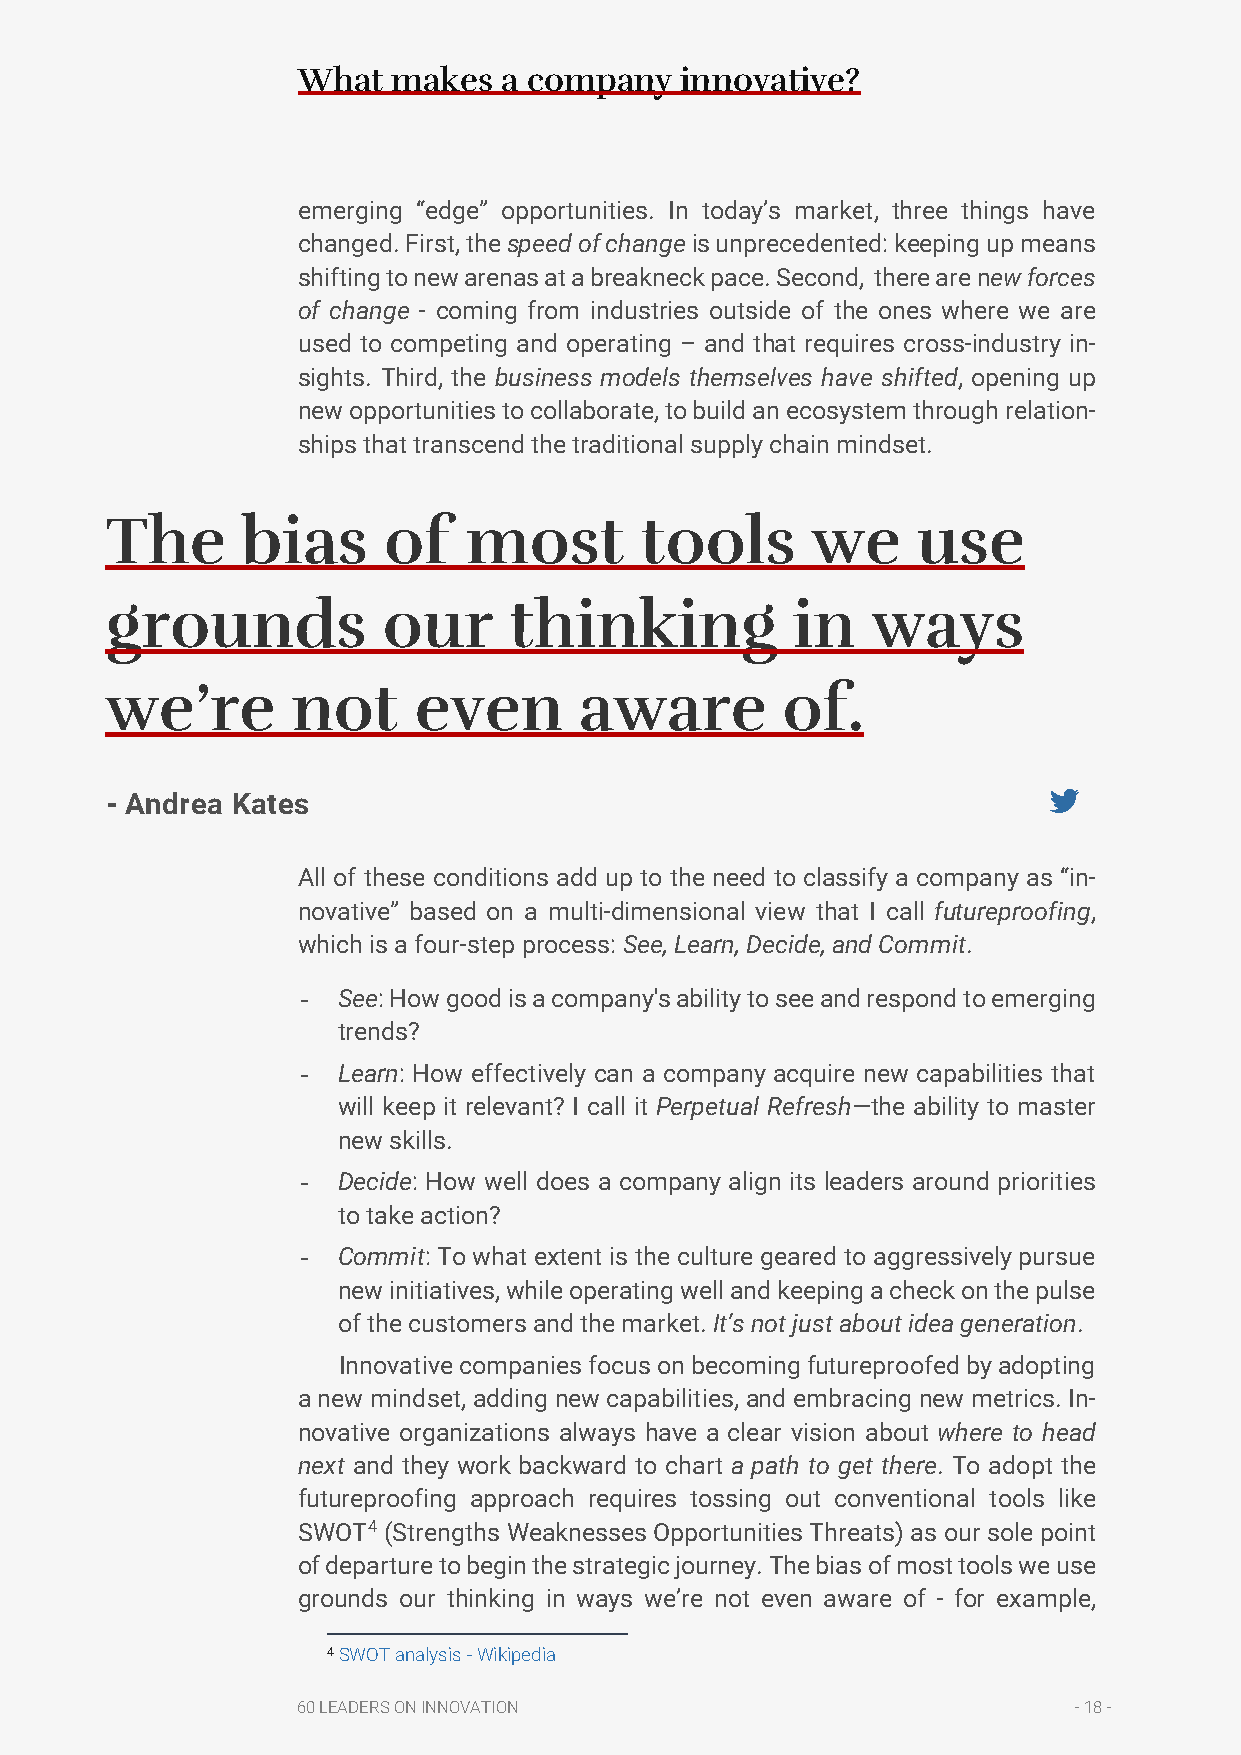
What  makes  a company   innovative?
 emerging “edge” opportunities. In today’s market, three things have
 changed. First, the speed of change is unprecedented: keeping up means
 shifting to new arenas at a breakneck pace. Second, there are new forces
 of change - coming from industries outside of the ones where we are
 used to competing and operating – and that requires cross-industry in-
 sights. Third, the business models themselves have shifted, opening up
 new opportunities to collaborate, to build an ecosystem through relation-
 ships that transcend the traditional supply chain mindset.
 The      bias     of    most       tools       we     use
 grounds           our      thinking          in    ways
 we’re       not     even       aware         of.
 - Andrea Kates
 All of these conditions add up to the need to classify a company as “in-
 novative” based on a multi-dimensional view that I call futureproofing,
 which is a four-step process: See, Learn, Decide, and Commit.
 - See: How good is a company's ability to see and respond to emerging
 trends?
 - Learn: How effectively can a company acquire new capabilities that
 will keep it relevant? I call it Perpetual Refresh—the ability to master
 new skills.
 - Decide: How well does a company align its leaders around priorities
 to take action?
 - Commit: To what extent is the culture geared to aggressively pursue
 new initiatives, while operating well and keeping a check on the pulse
 of the customers and the market. It’s not just about idea generation.
 Innovative companies focus on becoming futureproofed by adopting
 a new mindset, adding new capabilities, and embracing new metrics. In-
 novative organizations always have a clear vision about where to head
 next and they work backward to chart a path to get there. To adopt the
 futureproofing approach requires tossing out conventional tools like
 SWOT4 (Strengths Weaknesses Opportunities Threats) as our sole point
 of departure to begin the strategic journey. The bias of most tools we use
 grounds our thinking in ways we’re not even aware of - for example,
 4 SWOT analysis - Wikipedia
 60 LEADERS ON INNOVATION                           - 18 -